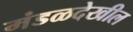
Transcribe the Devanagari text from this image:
मंडळदेखील